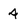
Character: 4